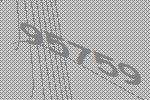
95759